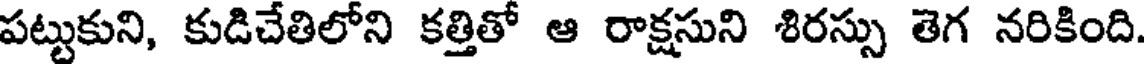
పట్టుకుని, కుడిచేతిలోని కత్తితో ఆ రాక్షసుని శిరస్సు తెగ నరికింది